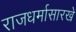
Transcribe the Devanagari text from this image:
राजधर्मासारखे